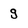
Character: g